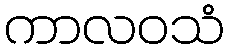
ကာလဝသံ